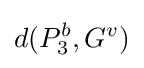
d(P_{3}^{b},G^{v})